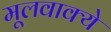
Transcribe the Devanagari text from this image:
मूलवाक्ये